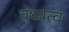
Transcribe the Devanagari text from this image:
वंध्यत्व